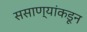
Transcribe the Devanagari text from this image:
ससाण्यांकडून